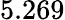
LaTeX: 5.269